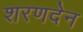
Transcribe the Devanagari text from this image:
शरणदेन